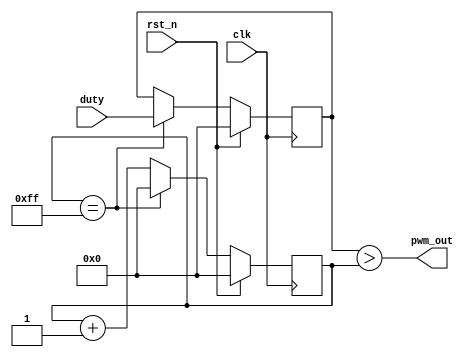
module pwmGen(clk, rst_n, duty, pwm_out);
	input clk, rst_n;
	input[7:0] duty;
	output pwm_out;
	
	reg [7:0] cnt, duty_reg;
	
	always @(posedge clk) begin
		if (rst_n == 1)begin
			cnt <= 0;
			duty_reg <= 0;
		end
		else
			if(cnt == 8'd255) begin
				duty_reg <= duty;
				cnt <= 0;
			end
			else
				cnt <= cnt + 1;
	end
	
	assign pwm_out = (duty_reg > cnt);
		
endmodule